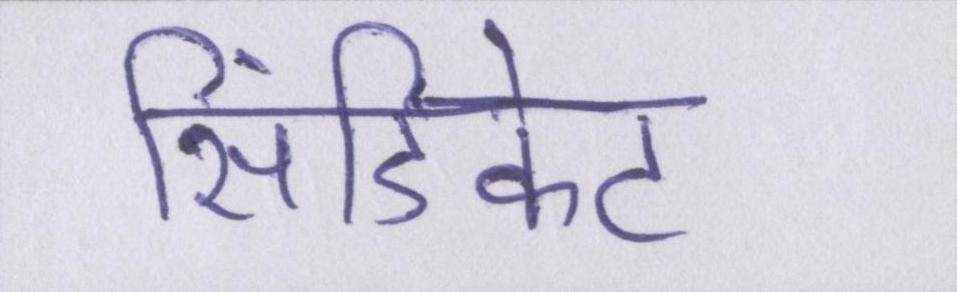
सिंडिकेट